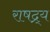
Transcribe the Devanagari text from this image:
राषद्र्य